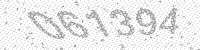
Solution: 061394